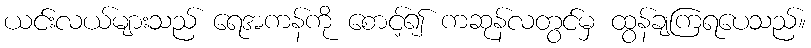
ယင်းလယ်များသည် ရေအကန်ကို စောင့်၍ ကဆုန်လတွင်မှ ထွန်ချကြရပေသည်။